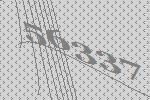
56337